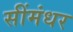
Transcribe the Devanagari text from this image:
सींमंधर